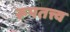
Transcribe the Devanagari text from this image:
रूपतत्त्व